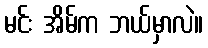
မင်း အိမ်က ဘယ်မှာလဲ။